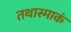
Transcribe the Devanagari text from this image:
तथास्माकं